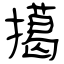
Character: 擖